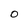
Character: 0